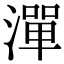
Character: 潬